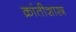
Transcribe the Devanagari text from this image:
क्रांतीशास्त्र